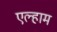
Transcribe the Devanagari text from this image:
एल्हाम